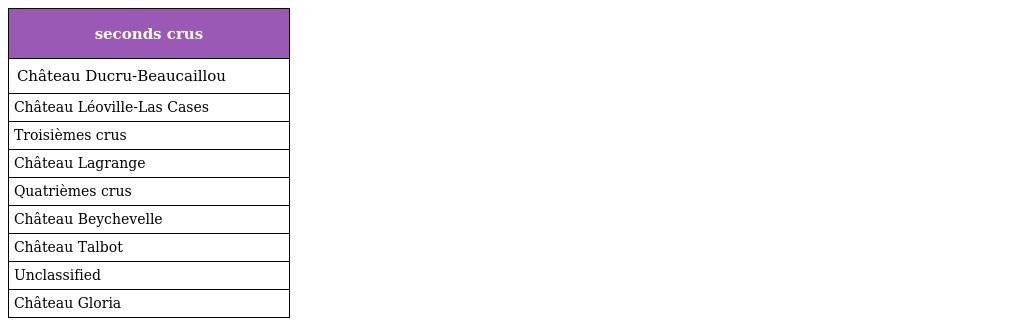
| seconds crus |
 | --- |
 | Château Ducru-Beaucaillou |
 | Château Léoville-Las Cases |
 | Troisièmes crus |
 | Château Lagrange |
 | Quatrièmes crus |
 | Château Beychevelle |
 | Château Talbot |
 | Unclassified |
 | Château Gloria |